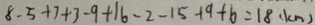
8 - 5 + 7 + 3 - 9 + 1 6 - 2 - 1 5 + 9 + 6 = 1 8 ( k m )